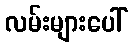
လမ်းများပေါ်